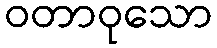
ဝတာဝုသော